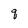
Character: q